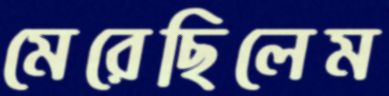
মেরেছিলেম